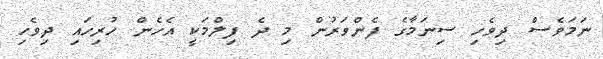
ނަމަވެސް ދިވެހި ސިނަމާގެ ފެންވަރުން މި ދެ ފިލްމަކީ އެހެން ހުރިހައި ދިވެހި